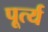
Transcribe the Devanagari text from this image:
पूर्त्य